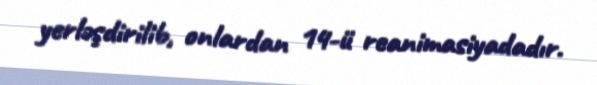
yerləşdirilib, onlardan 14-ü reanimasiyadadır.